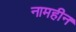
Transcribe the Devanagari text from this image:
नामहीन